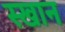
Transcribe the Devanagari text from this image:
स्खान